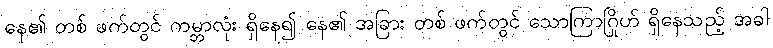
နေ၏ တစ် ဖက်တွင် ကမ္ဘာလုံး ရှိနေ၍ နေ၏ အခြား တစ် ဖက်တွင် သောကြာဂြိုဟ် ရှိနေသည့် အခါ